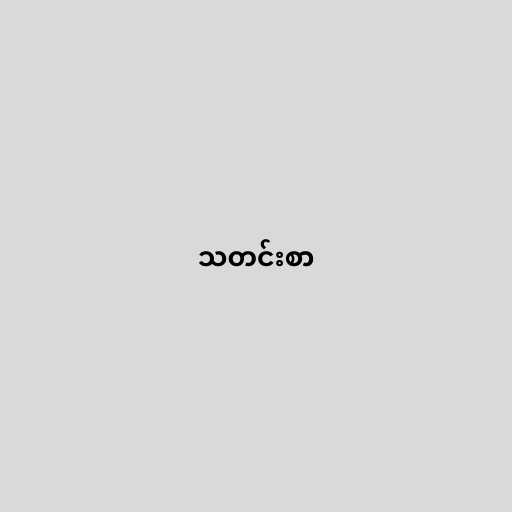
သတင်းစာ